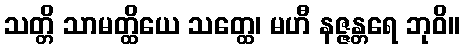
သတ္တိ သာမတ္ထိယေ သတ္ထေ၊ မဟီ နဇ္ဇန္တရေ ဘုဝိ။